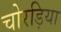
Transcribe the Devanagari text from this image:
चोरड़िया